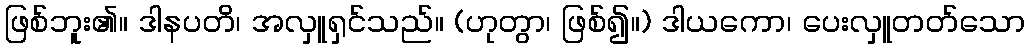
ဖြစ်ဘူး၏။ ဒါနပတိ၊ အလှူရှင်သည်။ (ဟုတွာ၊ ဖြစ်၍။) ဒါယကော၊ ပေးလှူတတ်သော